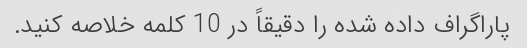
پاراگراف داده شده را دقیقاً در 10 کلمه خلاصه کنید.